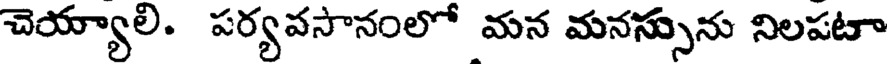
చెయ్యాలి. పర్యవసానంలో మన మనస్సును నిలపటా